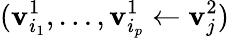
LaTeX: (\mathbf{v}_{i_{1}}^{1},\ldots,\mathbf{v}_{i_{p}}^{1}\leftarrow\mathbf{v}_{j}^{2})